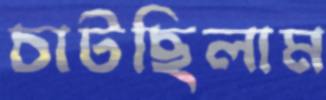
চাটছিলাম